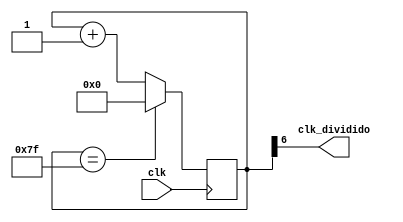
module divisor_por_128 (output clk_dividido, input clk);

	reg [6:0] flip_flop_divided;
    
    initial begin
        flip_flop_divided = 0;
    end

// CLOCK APS 128 PERODOS 
    assign clk_dividido = flip_flop_divided[6];
    
    always @ (posedge clk) begin
	 
        flip_flop_divided <= flip_flop_divided + 1'b1;
        
        if (flip_flop_divided == 7'b1111111) begin
            flip_flop_divided <= 1'b0;
        end
		  else begin
		     flip_flop_divided <= flip_flop_divided + 1'b1;
		  end
    end
    
endmodule